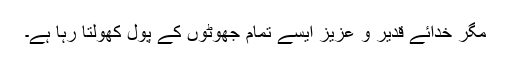
مگر خدائے قدیر و عزیز ایسے تمام جھوٹوں کے پول کھولتا رہا ہے۔